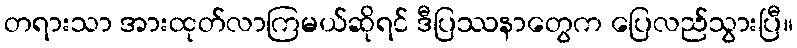
တရားသာ အားထုတ်လာကြမယ်ဆိုရင် ဒီပြဿနာတွေက ပြေလည်သွားပြီ။